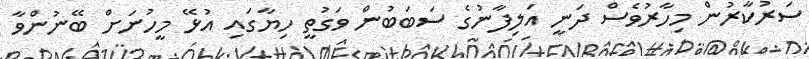
ސަރުކާރުން މިހާރުވެސް ދަނީ އަލިފާނުގެ ސަބަބުން ވަގުތީ ހިޔާގައި އުޅޭ މީހުނަށް ބޭނުންވާ